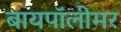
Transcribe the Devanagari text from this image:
बायपॉलीमर